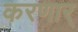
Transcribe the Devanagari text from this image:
करणार्